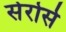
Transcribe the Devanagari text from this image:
सेर्रोर्स